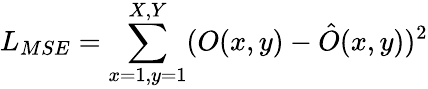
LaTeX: L_{MSE}=\sum_{x=1,y=1}^{X,Y}(O(x,y)-\hat{O}(x,y))^{2}